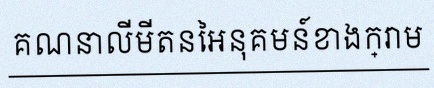
គណនាលីមីតនៃអនុគមន៍ខាងក្រោម